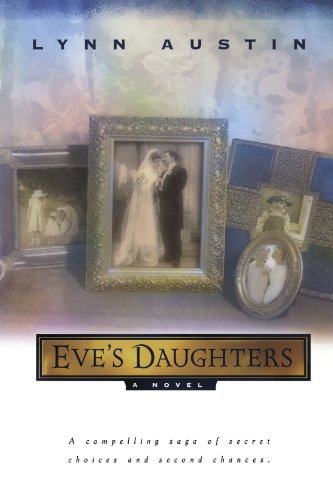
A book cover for Eve's Daughters; Lynn Austin; Romance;